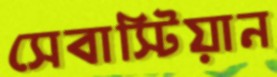
সেবাস্টিয়ান